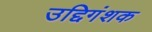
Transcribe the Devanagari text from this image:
उद्दिगंशक